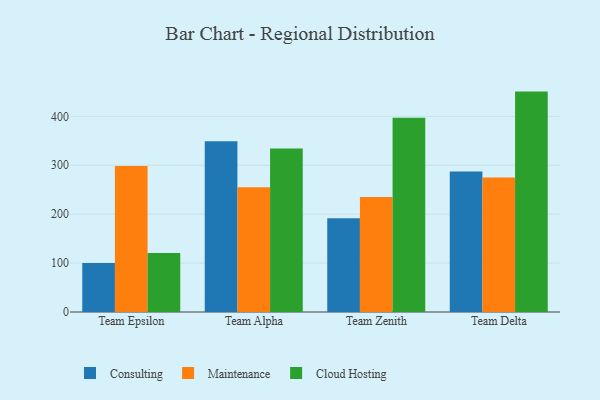
{"axis": {"x": "Team", "y": "Market Share (%)"}, "legend": ["Cloud Hosting", "Consulting", "Maintenance"], "data": [{"x": "Team Epsilon", "y": 100.4, "type": "Consulting"}, {"x": "Team Epsilon", "y": 298.5, "type": "Maintenance"}, {"x": "Team Epsilon", "y": 120.7, "type": "Cloud Hosting"}, {"x": "Team Alpha", "y": 349.1, "type": "Consulting"}, {"x": "Team Alpha", "y": 255.2, "type": "Maintenance"}, {"x": "Team Alpha", "y": 334.1, "type": "Cloud Hosting"}, {"x": "Team Zenith", "y": 191.8, "type": "Consulting"}, {"x": "Team Zenith", "y": 235.3, "type": "Maintenance"}, {"x": "Team Zenith", "y": 397.1, "type": "Cloud Hosting"}, {"x": "Team Delta", "y": 287.2, "type": "Consulting"}, {"x": "Team Delta", "y": 275.0, "type": "Maintenance"}, {"x": "Team Delta", "y": 450.6, "type": "Cloud Hosting"}]}